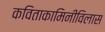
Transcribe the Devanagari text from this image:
कविताकामिनीविलास